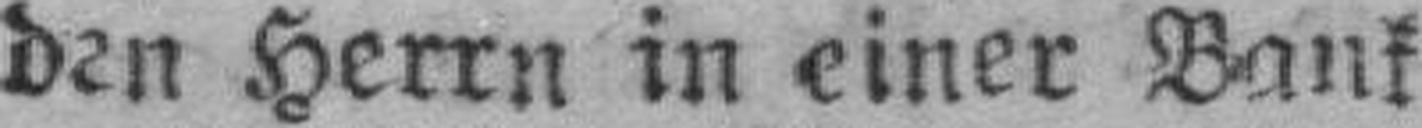
den Herrn in einer Bank